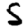
Digit: 5